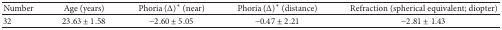
<table><thead><tr><td><b>Number</b></td><td><b>Age (years)</b></td><td><b>Phoria (Δ)<sup><i>∗</i></sup> (near)</b></td><td><b>Phoria (Δ)<sup><i>∗</i></sup> (distance)</b></td><td><b>Refraction (spherical equivalent; diopter)</b></td></tr></thead><tbody><tr><td>32</td><td>23.63 ± 1.58</td><td>−2.60 ± 5.05</td><td>−0.47 ± 2.21</td><td>−2.81 ± 1.43</td></tr></tbody></table>